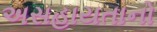
અસહાયતાનો